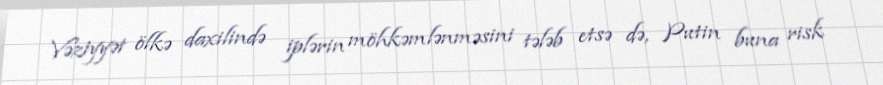
Vəziyyət ölkə daxilində iplərin möhkəmlənməsini tələb etsə də, Putin buna risk